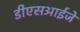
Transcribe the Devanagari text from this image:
डीएसआईजे